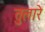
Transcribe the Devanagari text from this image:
तुलारे